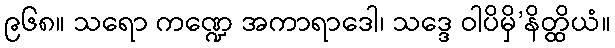
၉၆၈။ သရော ကဏ္ဍေ အကာရာဒေါ၊ သဒ္ဒေ ဝါပိမှိ’နိတ္ထိယံ။